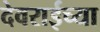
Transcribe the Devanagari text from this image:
देवराईच्या